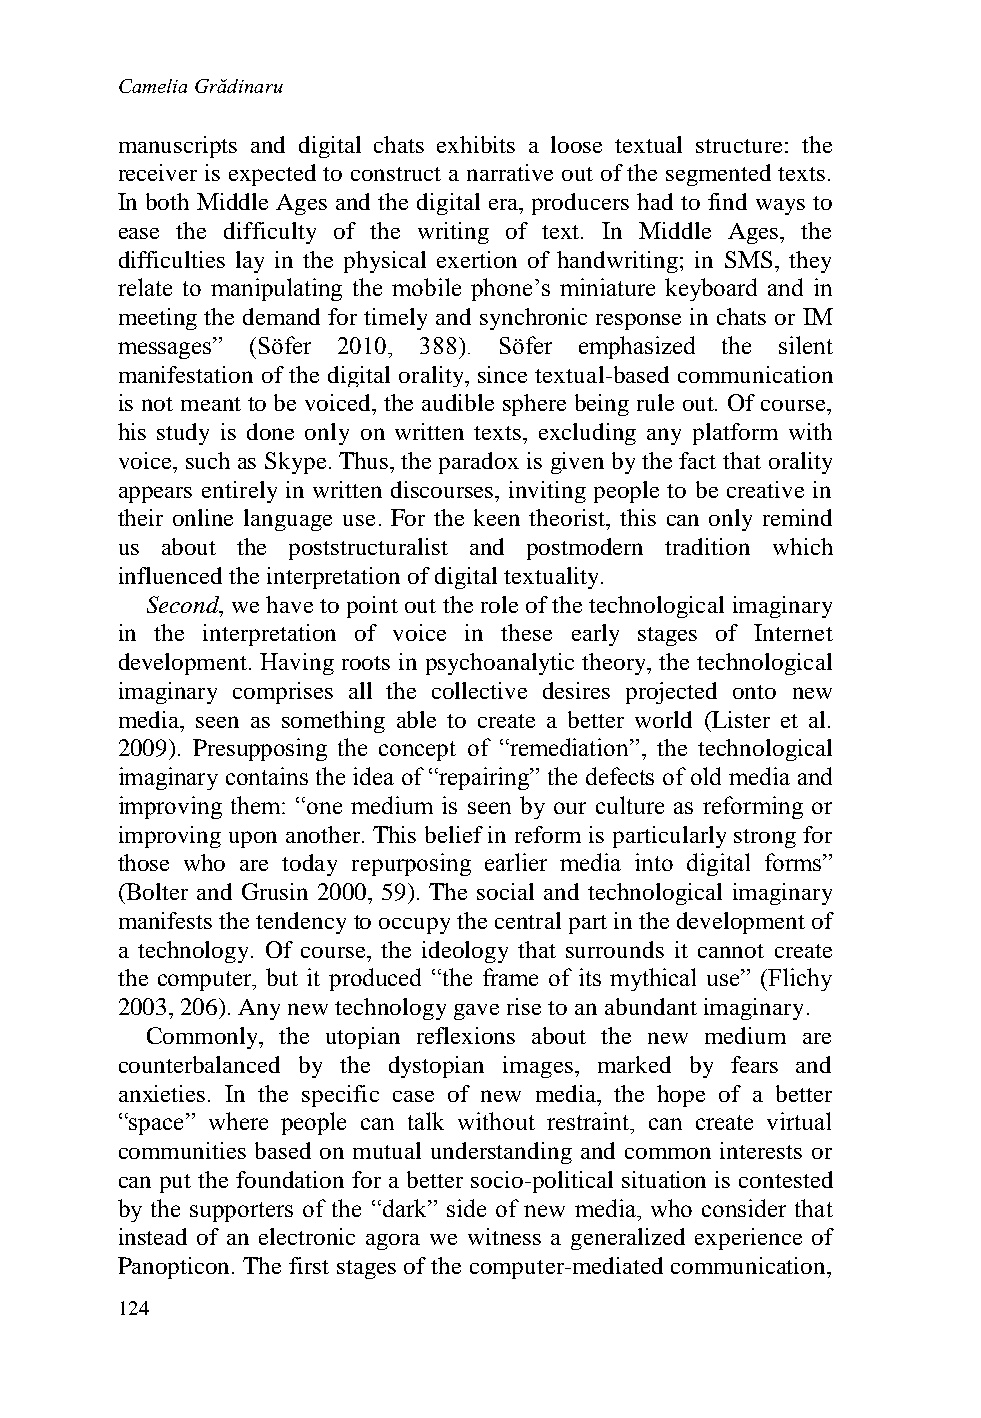
Camelia Grădinaru
 manuscripts and digital chats exhibits a loose textual structure: the
 receiver is expected to construct a narrative out of the segmented texts.
 In both Middle Ages and the digital era, producers had to find ways to
 ease the difficulty of the writing of text. In Middle Ages, the
 difficulties lay in the physical exertion of handwriting; in SMS, they
 relate to manipulating the mobile phone’s miniature keyboard and in
 meeting the demand for timely and synchronic response in chats or IM
 messages” (Söfer 2010, 388). Söfer emphasized the silent
 manifestation of the digital orality, since textual-based communication
 is not meant to be voiced, the audible sphere being rule out. Of course,
 his study is done only on written texts, excluding any platform with
 voice, such as Skype. Thus, the paradox is given by the fact that orality
 appears entirely in written discourses, inviting people to be creative in
 their online language use. For the keen theorist, this can only remind
 us about the poststructuralist and postmodern tradition which
 influenced the interpretation of digital textuality.
 Second, we have to point out the role of the technological imaginary
 in the interpretation of voice in these early stages of Internet
 development. Having roots in psychoanalytic theory, the technological
 imaginary comprises all the collective desires projected onto new
 media, seen as something able to create a better world (Lister et al.
 2009). Presupposing the concept of “remediation”, the technological
 imaginary contains the idea of “repairing” the defects of old media and
 improving them: “one medium is seen by our culture as reforming or
 improving upon another. This belief in reform is particularly strong for
 those who are today repurposing earlier media into digital forms”
 (Bolter and Grusin 2000, 59). The social and technological imaginary
 manifests the tendency to occupy the central part in the development of
 a technology. Of course, the ideology that surrounds it cannot create
 the computer, but it produced “the frame of its mythical use” (Flichy
 2003, 206). Any new technology gave rise to an abundant imaginary.
 Commonly, the utopian reflexions about the new medium are
 counterbalanced by the dystopian images, marked by fears and
 anxieties. In the specific case of new media, the hope of a better
 “space” where people can talk without restraint, can create virtual
 communities based on mutual understanding and common interests or
 can put the foundation for a better socio-political situation is contested
 by the supporters of the “dark” side of new media, who consider that
 instead of an electronic agora we witness a generalized experience of
 Panopticon. The first stages of the computer-mediated communication,
 124